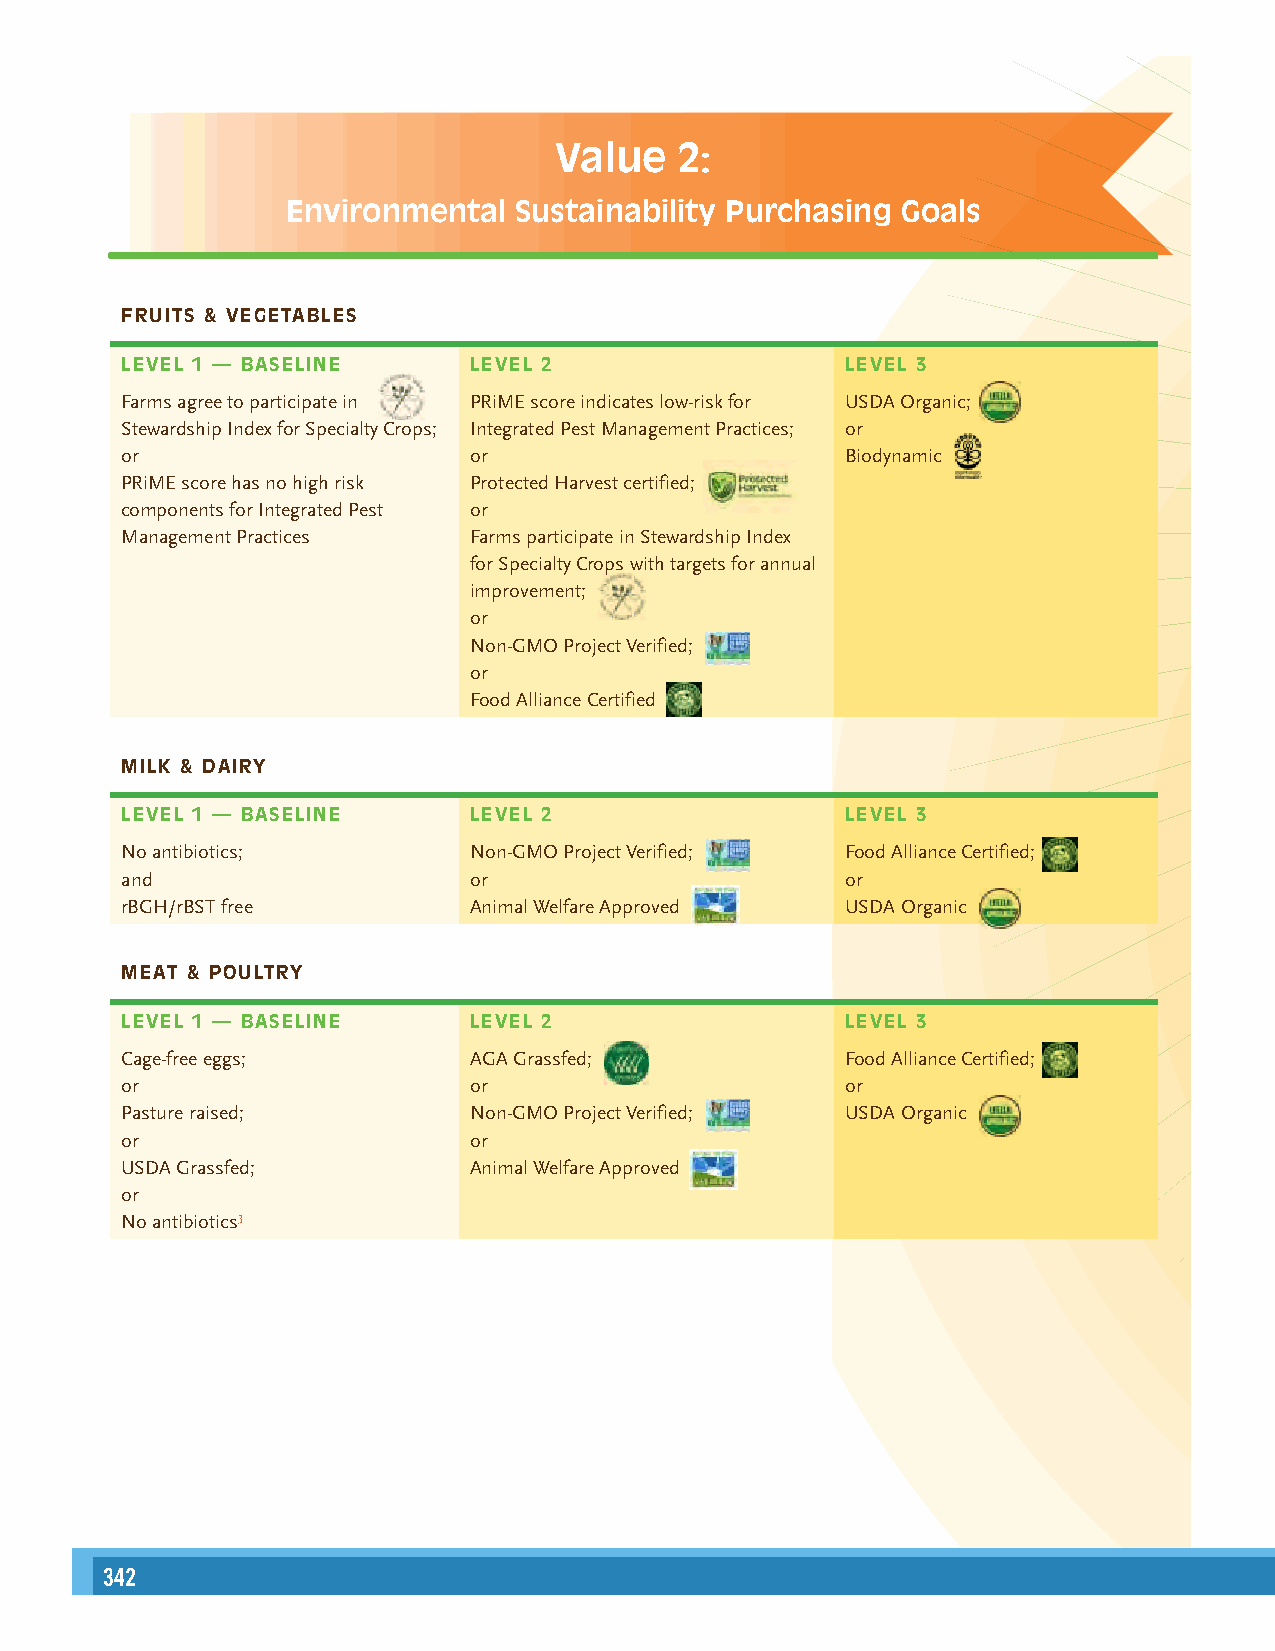
Value   2:
 Environmental  Sustainability Purchasing Goals
 FRUITS & VEGETABLES
 LEVEL 1 — BASELI NE    LEVEL 2                  LEVEL 3
 Farms agree to participate in PRiME score indicates low-risk for USDA Organic;
 Stewardship Index for Specialty Crops; Integrated Pest Management Practices; or
 or                     or                       Biodynamic
 PRiME score has no high risk Protected Harvest certified;
 components for Integrated Pest or
 Management Practices   Farms participate in Stewardship Index
 for Specialty Crops with targets for annual
 improvement;
 or
 Non-GMO Project Verified;
 or
 Food Alliance Certified
 MILK & DAIRY
 LEVEL 1 — BASELI NE    LEVEL 2                  LEVEL 3
 No antibiotics;        Non-GMO Project Verified; Food Alliance Certified;
 and                    or                       or
 rBGH/rBST free         Animal Welfare Approved  USDA Organic
 MEAT & POULTRY
 LEVEL 1 — BASELI NE    LEVEL 2                  LEVEL 3
 Cage-free eggs;        AGA Grassfed;            Food Alliance Certified;
 or                     or                       or
 Pasture raised;        Non-GMO Project Verified; USDA Organic
 or                     or
 USDA Grassfed;         Animal Welfare Approved
 or
 No antibiotics3
 342                                                                                                                                                      343
 18